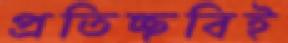
প্রতিচ্ছবিই